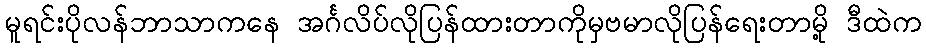
မူရင်းပိုလန်ဘာသာကနေ အင်္ဂလိပ်လိုပြန်ထားတာကိုမှဗမာလိုပြန်ရေးတာမို့ ဒီထဲက